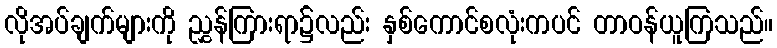
လိုအပ်ချက်များကို ညွှန်ကြားရာ၌လည်း နှစ်ကောင်စလုံးကပင် တာဝန်ယူကြသည်။